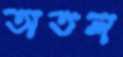
অতল